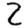
Digit: 2